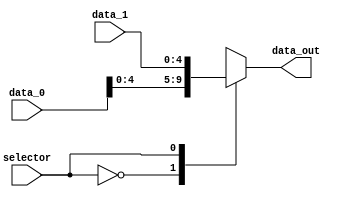
module mux_shift_AMT (
  input                     selector,
  input     wire    [31:0]   data_0,
  input     wire    [4:0]   data_1,
  output    reg    [4:0]   data_out
);

    always @(*) begin
        case (selector)
            5'b00000: data_out = data_0;
            5'b00001: data_out = data_1;
        endcase
    end

endmodule